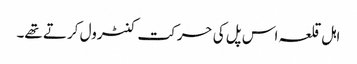
اہل قلعہ اس پل کی حرکت کنٹرول کرتے تھے۔